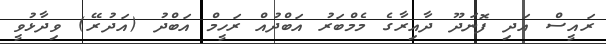
ރައީސް އަދި ފޮނަދޫ ދާއިރާގެ މެމްބަރު އަބްދުއް ރަހީމް އަބްދު (އަދުރޭ) ވިދާޅުވީ